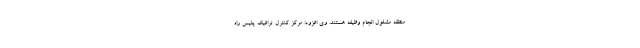
منطقه مشغول انجام وظیفه هستند. وی افزود: مرکز کنترل ترافیک پلیس راه